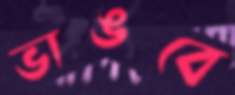
ভাঙবে